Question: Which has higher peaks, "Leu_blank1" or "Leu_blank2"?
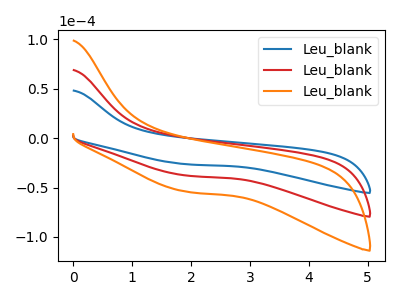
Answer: <think>The blue curve "Leu_blank1" has no peaks. The red curve "Leu_blank2" has no peaks. The orange curve "Leu_blank3" has no peaks.</think>
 <answer>Niether CV has any peaks.</answer>
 <eval>blanks</eval>